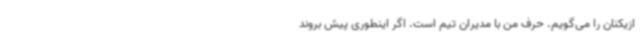
ازیکنان را می‌گویم. حرف من با مدیران تیم است. اگر اینطوری پیش بروند